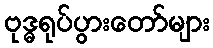
ဗုဒ္ဓရုပ်ပွားတော်များ